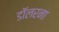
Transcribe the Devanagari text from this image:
डॉलरना